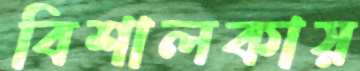
বিশালকায়